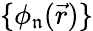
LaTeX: \{ \phi_{\mathfrak{n}}(\vec{r})\}